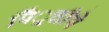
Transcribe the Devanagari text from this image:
पिं्रचीपे